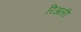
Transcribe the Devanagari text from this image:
रिअली